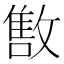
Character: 𱡠